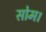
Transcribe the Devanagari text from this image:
सोम।